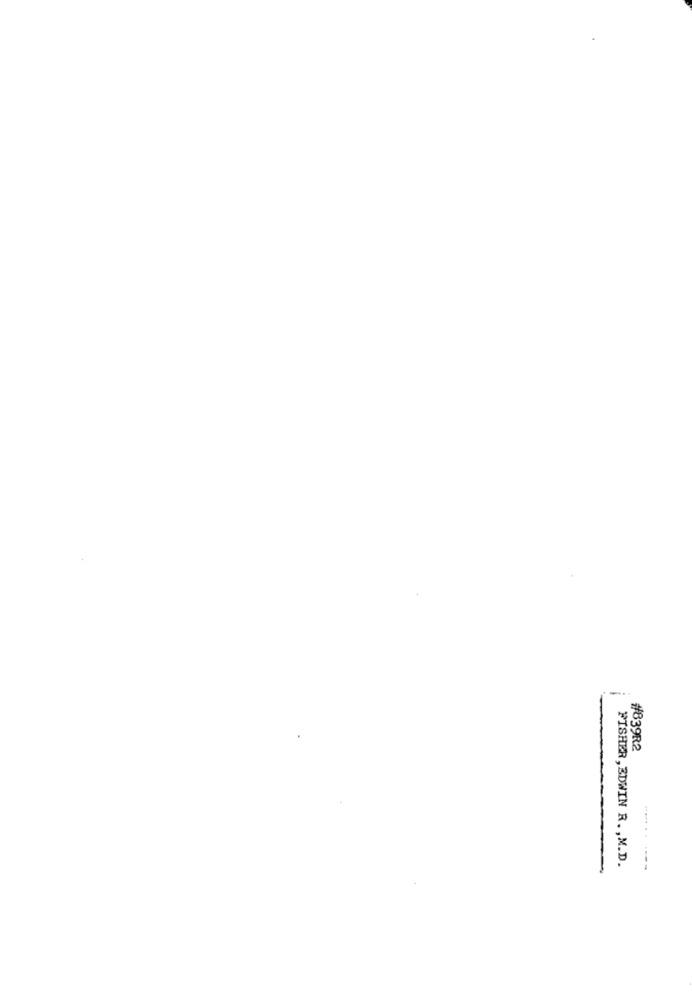
#839R2
FISHER, EDWIN R. , M.D.
--------